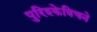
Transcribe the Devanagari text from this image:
पुरिश्केविचने